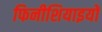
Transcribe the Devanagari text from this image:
फिनीशियाइयों